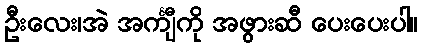
ဦးလေး၊အဲ အင်္ကျီကို အဖွားဆီ ပေးပေးပါ။